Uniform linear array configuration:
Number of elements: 24
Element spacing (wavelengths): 1
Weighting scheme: hann
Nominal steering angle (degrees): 15
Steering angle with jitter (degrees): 13.697
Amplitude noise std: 0.05
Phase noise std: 0.05

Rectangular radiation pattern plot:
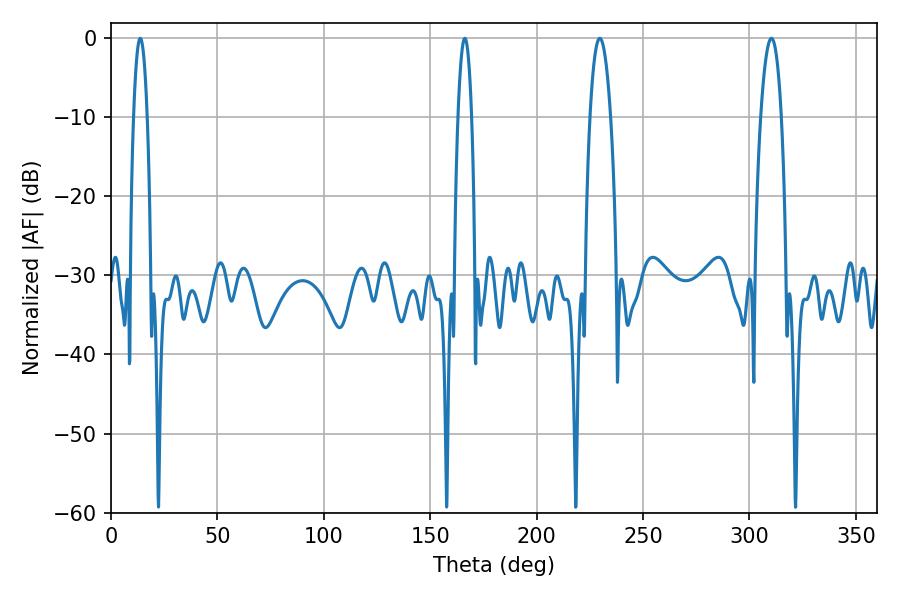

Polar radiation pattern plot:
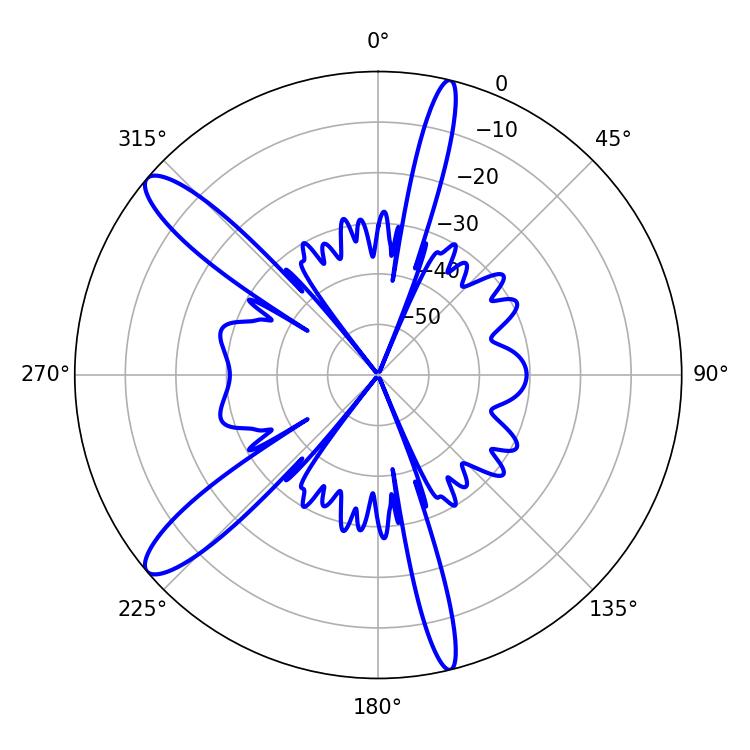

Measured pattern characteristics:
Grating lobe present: TRUE
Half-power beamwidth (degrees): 5.4
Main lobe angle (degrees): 229.68